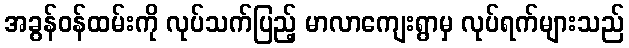
အခွန်ဝန်ထမ်းကို လုပ်သက်ပြည့် မာလာကျေးရွာမှ လုပ်ရက်များသည်